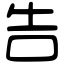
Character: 告